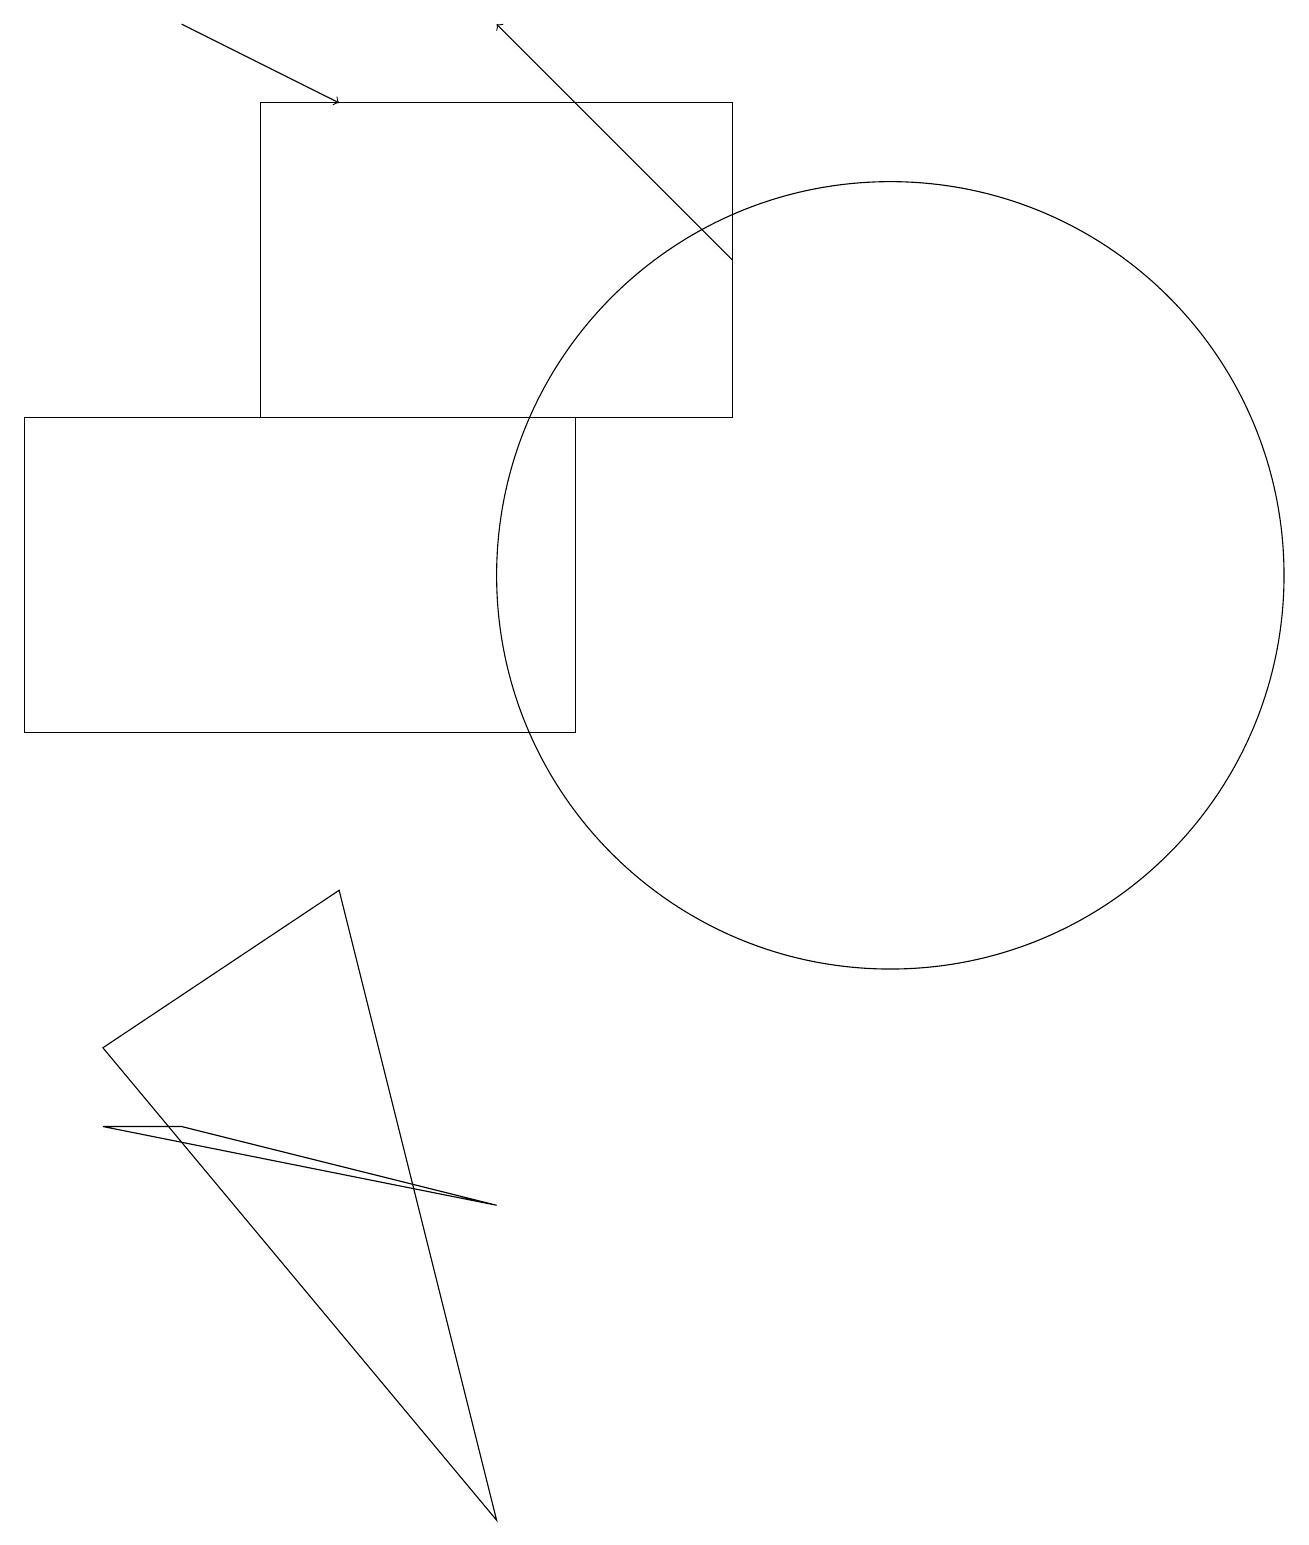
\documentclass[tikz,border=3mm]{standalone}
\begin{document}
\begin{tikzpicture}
\draw (9,14) rectangle (3,18);
\draw[->] (9,16) -- (6,19);
\draw[->] (2,19) -- (4,18);
\draw (11,12) circle (5);
\draw (2,5) -- (1,5) -- (6,4) -- cycle;
\draw (4,8) -- (6,0) -- (1,6) -- cycle;
\draw (7,14) rectangle (0,10);
\draw (11,11) circle (0);
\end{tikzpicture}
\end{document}